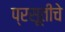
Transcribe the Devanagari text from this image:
प्रसूतीचे